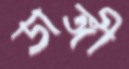
ডাঙ্গী